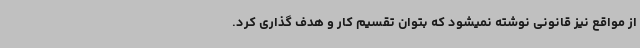
از مواقع نیز قانونی نوشته نمیشود که بتوان تقسیم کار و هدف گذاری کرد.